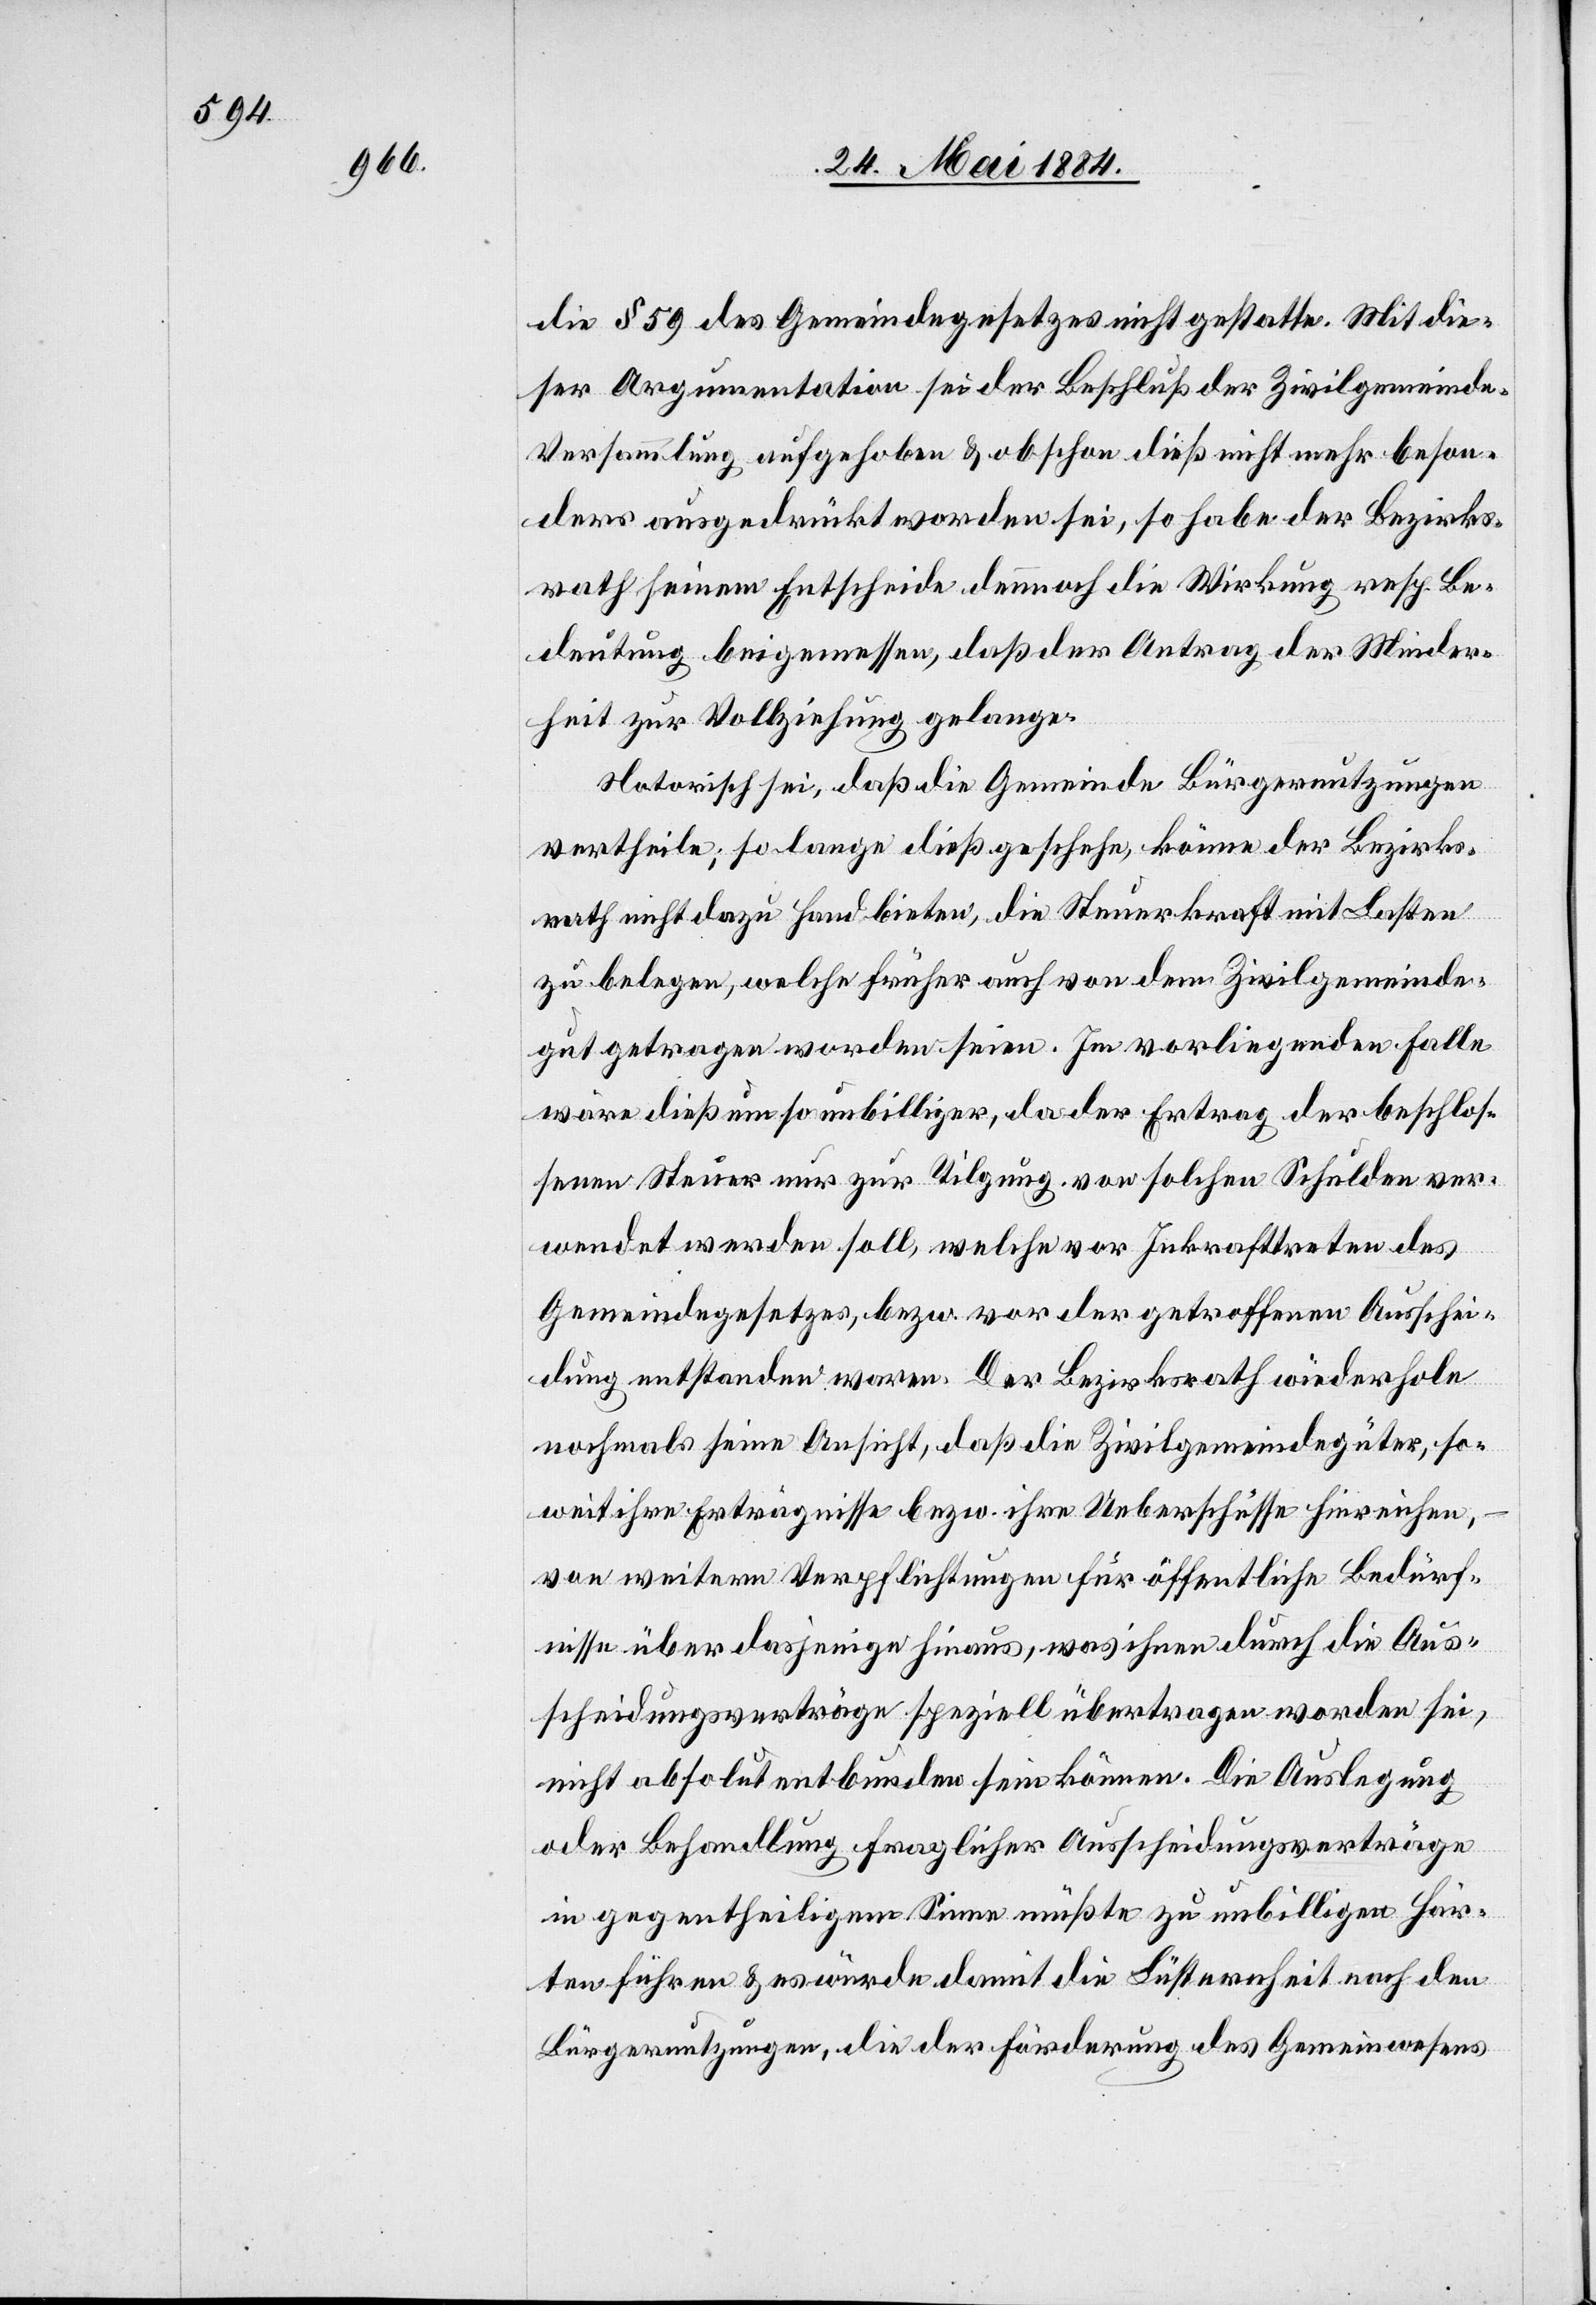
die § 59 des Gemeindegesetzes nicht gestatte. Mit die¬
ser Argumentation sei der Beschluß der Zivilgemeind¬
e-Versammlung aufgehoben & obschon dieß nicht mehr beson¬
ders ausgedrückt worden sei, so habe der Bezirks¬
rath seinem Entscheide dennoch die Wirkung resp. die
Bedeutung beigemessen, daß der Antrag der Minder¬
heit zur Vollziehung gelange.
Notorisch sei, daß die Gemeinde Bürgernutzungen
vertheile; so lange dieß geschehe, könne der Bezirks¬
rath nicht dazu Hand bieten, die Steuerkraft mit Lasten
zu belegen, welche früher auch von dem Zivilgemeinde¬
gut getragen worden seien. Im vorliegenden Falle
wäre dieß um so unbilliger, da der Ertrag der beschlos¬
senen Meier nur zur Tilgung von solchen Schulden ver¬
wendet werden soll, welche vor Inkrafttreten des
Gemeindegesetzes, bezw. vor der getroffenen Ausschei¬
dung entstanden waren. Der Bezirksrath wiederhole
nochmals seine Ansicht, daß die Zivilgemeindegüter, so¬
weit ihre Erträgnisse bezw. ihre Ueberschüsse hinreichen,
von weiteren Verpflichtungen für öffentliche Bedürf¬
nisse über dasjenige hinaus, was ihnen durch die Aus¬
scheidungsverträge speziell übertragen worden sei,
nicht absolut entbunden sein können. Die Auslegung
oder Behandlung fraglicher Ausscheidungsverträge
in gegentheiligem Sinne müßte zu unbilligen Här¬
ten führen & es wurde damit die Lüsternheit nach den
Bürgernutzungen, die der Förderung des Gemeinwesens